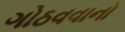
ગોઠવવાનો